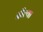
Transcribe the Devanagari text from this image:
दील्या